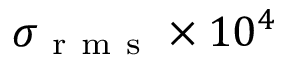
\sigma _ { \mathrm { ~ r ~ m ~ s ~ } } \times 1 0 ^ { 4 }